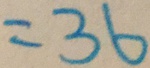
= 3 6